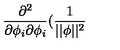
\frac { \partial ^ { 2 } } { \partial \phi _ { i } \partial \phi _ { i } } ( \frac 1 { | | \phi | | ^ { 2 } }